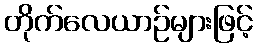
တိုက်လေယာဉ်များဖြင့်